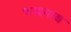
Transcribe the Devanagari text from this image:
चन्द्रमाश्च